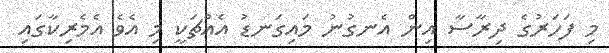
މި ފަހަރުގެ ދިރާސާ އިން އެނގުނު މައިގަނޑު އެއްޗަކީ މި އެވެ އެމެރިކާގައި